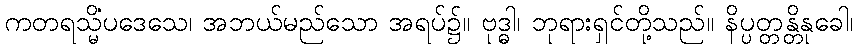
ကတရသ္မိံပဒေသေ၊ အဘယ်မည်သော အရပ်၌။ ဗုဒ္ဓါ၊ ဘုရားရှင်တို့သည်။ နိပ္ပတ္တန္တိနုခေါ၊